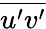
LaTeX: \overline{{u^{\prime}v^{\prime}}}